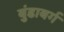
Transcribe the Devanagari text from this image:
बुंडाबर्ग